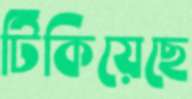
টিকিয়েছে